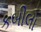
કબીલો